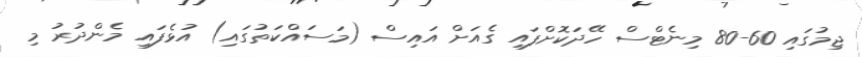
ޖިމުގައި 60-80 މިނެޓްސް ހޭދަކޮށްފައި ގެއަށް އައިސް (މަސައްކަތުގައި) އުޅެފައި މެންދުރު މި